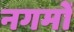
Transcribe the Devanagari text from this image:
नगमों